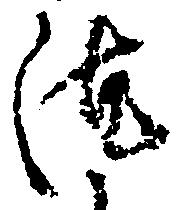
汰